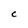
Character: C